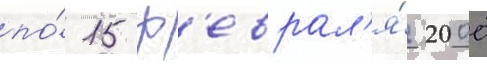
по́ 15 ф'еврал'я́ 2000